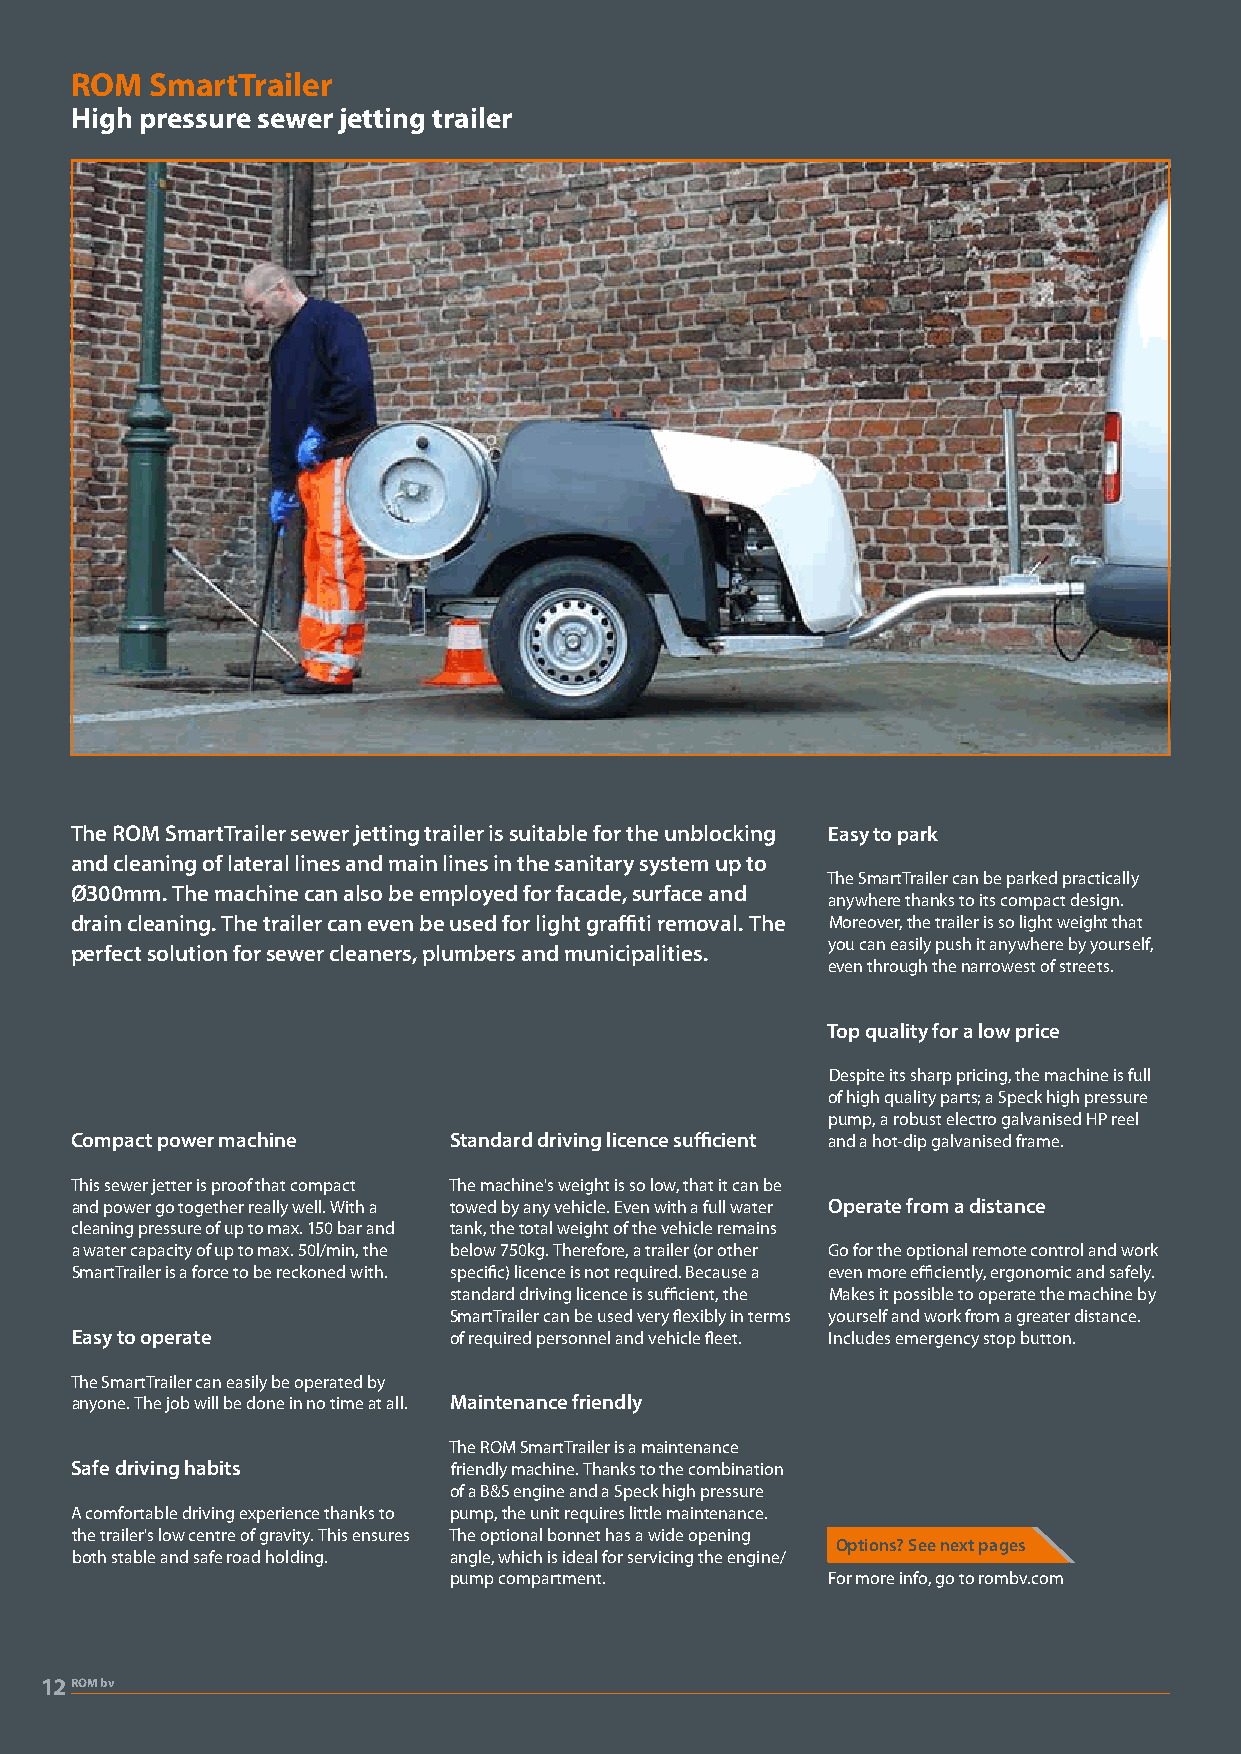
ROM  SmartTrailer
 High pressure sewer jetting trailer
 The ROM SmartTrailer sewer jetting trailer is suitable for the unblocking Easy to park
 and cleaning of lateral lines and main lines in the sanitary system up to
 The SmartTrailer can be parked practically
 Ø300mm. The machine can also be employed for facade, surface and
 anywhere thanks to its compact design.
 drain cleaning. The trailer can even be used for light graffiti removal. The Moreover, the trailer is so light weight that
 you can easily push it anywhere by yourself,
 perfect solution for sewer cleaners, plumbers and municipalities.
 even through the narrowest of streets.
 Top quality for a low price
 Despite its sharp pricing, the machine is full
 of high quality parts; a Speck high pressure
 pump, a robust electro galvanised HP reel
 Compact power machine    Standard driving licence sufficient and a hot-dip galvanised frame.
 This sewer jetter is proof that compact The machine's weight is so low, that it can be
 and power go together really well. With a towed by any vehicle. Even with a full water Operate from a distance
 cleaning pressure of up to max. 150 bar and tank, the total weight of the vehicle remains
 a water capacity of up to max. 50l/min, the below 750kg. Therefore, a trailer (or other Go for the optional remote control and work
 SmartTrailer is a force to be reckoned with. specific) licence is not required. Because a even more efficiently, ergonomic and safely.
 standard driving licence is sufficient, the Makes it possible to operate the machine by
 SmartTrailer can be used very flexibly in terms yourself and work from a greater distance.
 Easy to operate          of required personnel and vehicle fleet. Includes emergency stop button.
 The SmartTrailer can easily be operated by
 anyone. The job will be done in no time at all. Maintenance friendly
 The ROM SmartTrailer is a maintenance
 Safe driving habits      friendly machine. Thanks to the combination
 of a B&S engine and a Speck high pressure
 A comfortable driving experience thanks to pump, the unit requires little maintenance.
 the trailer's low centre of gravity. This ensures The optional bonnet has a wide opening
 Options? See next pages
 both stable and safe road holding. angle, which is ideal for servicing the engine/
 pump compartment.        For more info, go to rombv.com
 12ROM bv